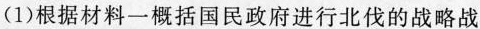
(1)根据材料一概括国民政府进行北伐的战略战